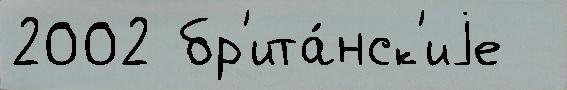
2002 бр'ита́нск'иjе